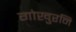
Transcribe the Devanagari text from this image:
गोखुरनि